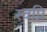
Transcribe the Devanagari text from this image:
स्वप्नि